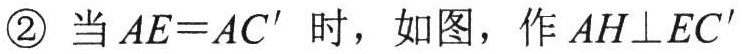
\textcircled{2} 当\(AE = AC^{\prime}\)时，如图，作\(AH\perp EC^{\prime}\)